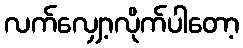
လက်လျှော့လိုက်ပါတော့